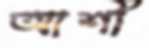
আশী